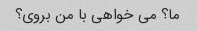
ما؟ می خواهی با من بروی؟